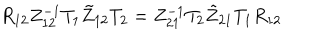
R _ { 1 2 } Z _ { 1 2 } ^ { - 1 } T _ { 1 } \tilde { Z } _ { 1 2 } T _ { 2 } = Z _ { 2 1 } ^ { - 1 } T _ { 2 } \tilde { Z } _ { 2 1 } T _ { 1 } R _ { 1 2 }